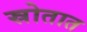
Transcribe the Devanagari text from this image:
स्रोतात